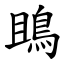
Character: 鴡